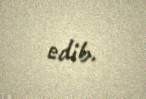
edib.